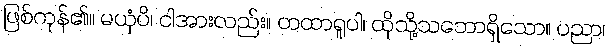
ဖြစ်ကုန်၏။ မယှံပိ၊ ငါအားလည်း။ တထာရူပါ၊ ထိုသို့သဘောရှိသော။ ပညာ၊